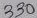
Text: 330